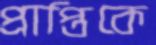
প্রাপ্তিকে